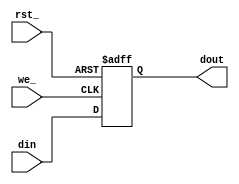
module register(rst_, din, dout, we_);
    input rst_;
    input[7:0] din;
    output[7:0] dout;
    input we_;
    reg[7:0] dout;

    always @(negedge rst_ or negedge we_)
        if(!rst_)
            dout <= 0;
        else if(!we_)
            dout <= din;

endmodule